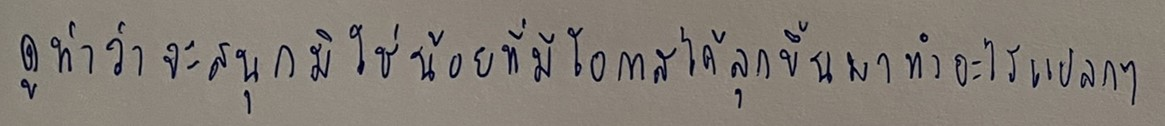
ดูท่าว่าจะสนุกมิใช่น้อยที่มีโอกาสได้ลุกขึ้นมาทำอะไรแปลกๆ